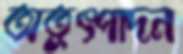
অতুৎপাদন